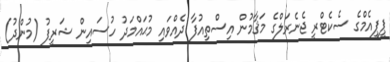
ޕީޕީއެމްގެ ސެކެޓްރީ ޖެނެރަލްގެ މަޤާމުން އިސްތިއުފާ ދެއްވައި މުޙައްމަދު ހުސައިން ޝަރީފު (މުންދު)